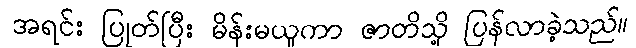
အရင်း ပြုတ်ပြီး မိန်းမယူကာ ဇာတိသို့ ပြန်လာခဲ့သည်။